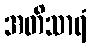
အတိသာရံ